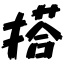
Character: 搭